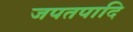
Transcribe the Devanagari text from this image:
जपतपादि